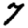
Digit: 7